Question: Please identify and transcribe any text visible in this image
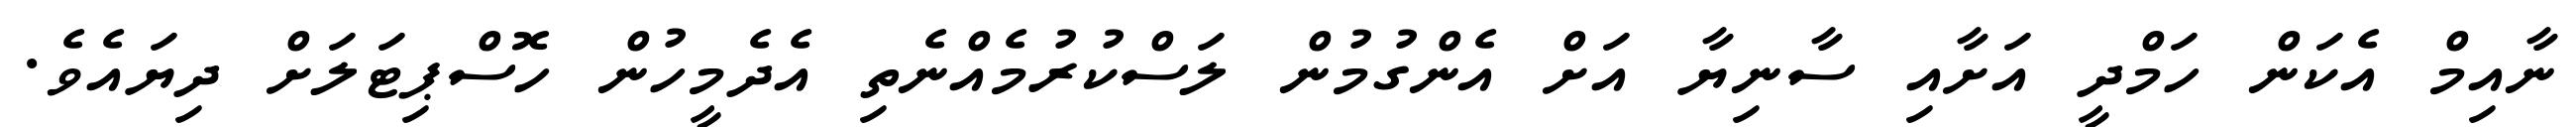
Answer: ނާއިމް އެކަން ހަމްދީ އަށާއި ސާނިޔާ އަށް އެންގުމުން ލަސްކުރުމެއްނެތި އެދެމީހުން ހޮސްޕިޓަލަށް ދިޔައެވެ.